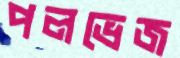
পলভেজ